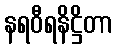
နရဝီရနိဋ္ဌိတာ